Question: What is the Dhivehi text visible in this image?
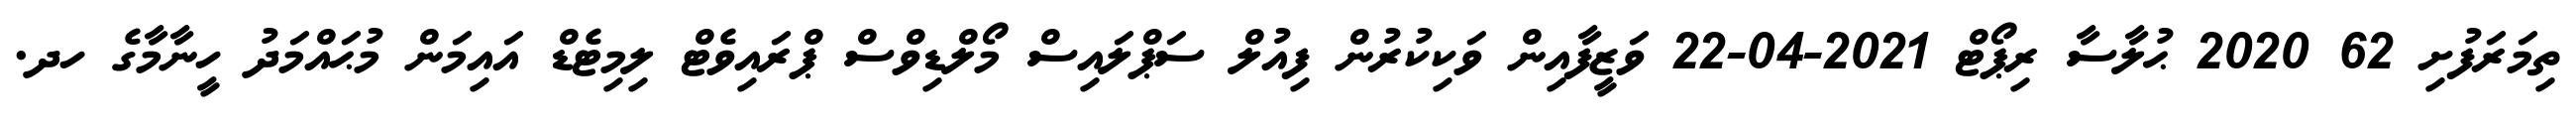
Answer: ތިމަރަފުށި 62 2020 ޙުލާސާ ރިޕޯޓް 2021-04-22 ވަޒީފާއިން ވަކިކުރުން ފިއުލް ސަޕްލައިސް މޯލްޑިވްސް ޕްރައިވެޓް ލިމިޓެޑް އައިމަން މުޙައްމަދު ހީނާމާގެ ހދ.